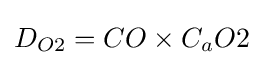
D_{O2}=CO\times C_{a}O2